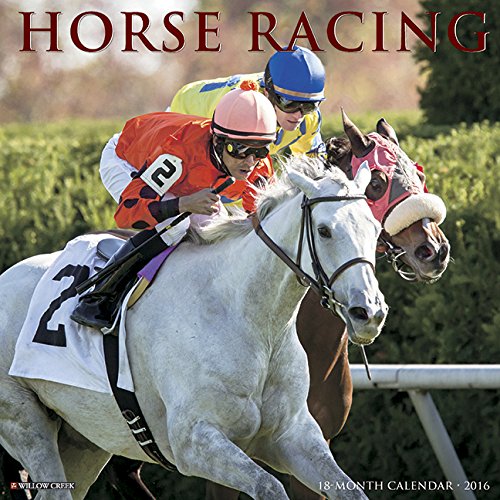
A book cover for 2016 Horse Racing Wall Calendar; Willow Creek Press; Calendars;